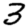
Digit: 3